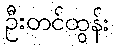
ဦးတင်ထွန်း